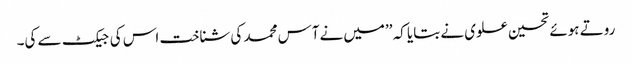
روتے ہوئے تحسین علوی نے بتایا کہ ’’میں نےآس محمد کی شناخت اس کی جیکٹ سے کی۔